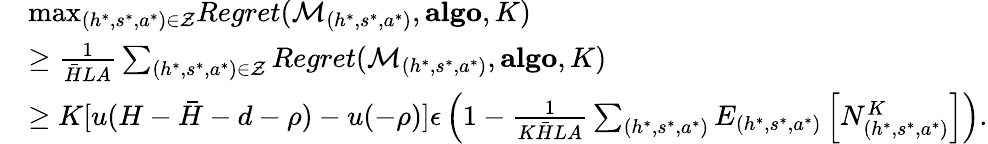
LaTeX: \begin{array}{rl}&{\mathop{\operatorname*{max}}_{(h^{*},s^{*},a^{*})\in\mathcal{Z}}Regret(\mathcal{M}_{(h^{*},s^{*},a^{*})},\textbf{algo},K)}\\ &{\geq\frac{1}{\bar{H}LA}\sum_{(h^{*},s^{*},a^{*})\in\mathcal{Z}}Regret(\mathcal{M}_{(h^{*},s^{*},a^{*})},\textbf{algo},K)}\\ &{\geq K[u(H-\bar{H}-d-\rho)-u(-\rho)]\epsilon\left(1-\frac{1}{K\bar{H}LA}\sum_{(h^{*},s^{*},a^{*})}E_{(h^{*},s^{*},a^{*})}\left[N_{(h^{*},s^{*},a^{*})}^{K}\right]\right).}\end{array}